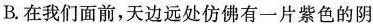
B.在我们面前，天边远处仿佛有一片紫色的阴